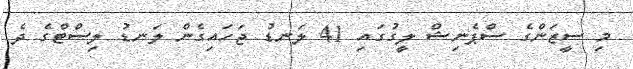
މި ސީޒަންގެ ސްޕެނިޝް ލީގުގައި 41 ލަނޑު ޖަހައިގެން ލަނޑު ލިސްޓްގެ ދެ